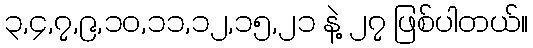
၃,၄,၇,၉,၁၀,၁၁,၁၂,၁၅,၂၁ နဲ့ ၂၇ ဖြစ်ပါတယ်။